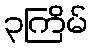
၃ကြိမ်